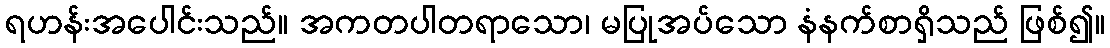
ရဟန်းအပေါင်းသည်။ အကတပါတရာသော၊ မပြုအပ်သော နံနက်စာရှိသည် ဖြစ်၍။